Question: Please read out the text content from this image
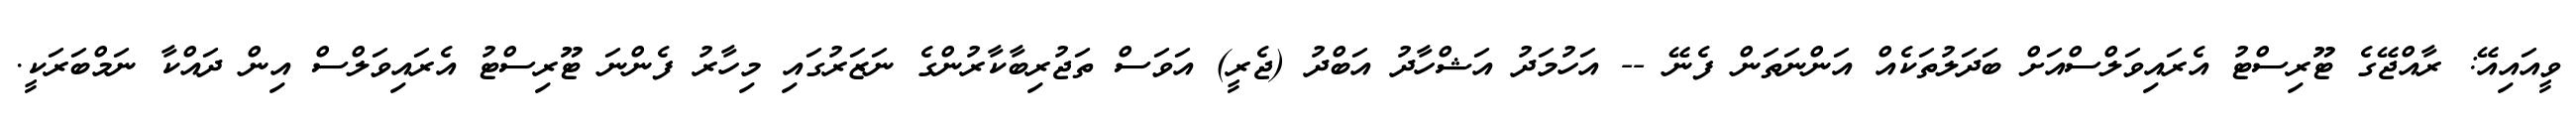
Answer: ވީއައިއޭ: ރާއްޖޭގެ ޓޫރިސްޓު އެރައިވަލްސްއަށް ބަދަލުތަކެއް އަންނަތަން ފެނޭ -- އަހުމަދު އަޝްހާދު އަބްދު (ޖެރީ) އަވަސް ތަޖުރިބާކާރުންގެ ނަޒަރުގައި މިހާރު ފެންނަ ޓޫރިސްޓު އެރައިވަލްސް އިން ދައްކާ ނަމްބަރަކީ.